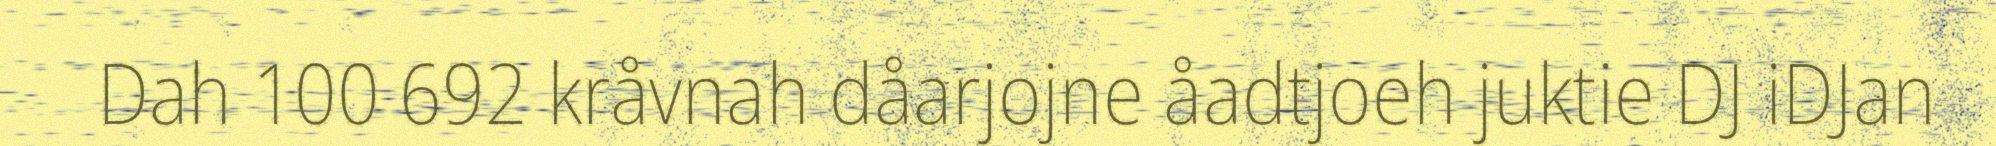
Dah 100 692 kråvnah dåarjojne åadtjoeh juktie DJ iDJan